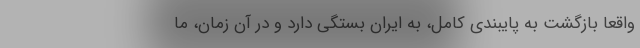
واقعا بازگشت به پایبندی کامل، به ایران بستگی دارد و در آن زمان، ما